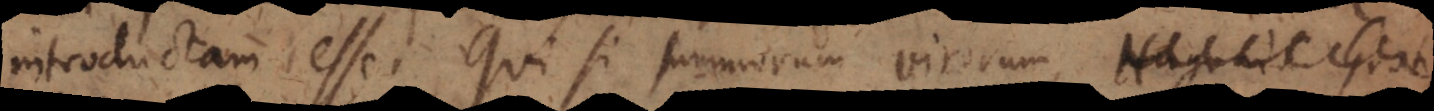
introductam esse. Qui si summorum virorum, A